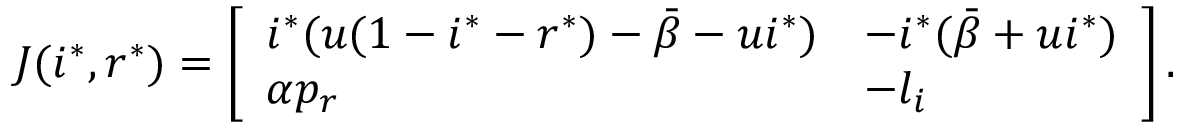
\begin{array} { r } { J ( i ^ { * } , r ^ { * } ) = \left[ \begin{array} { l l } { i ^ { * } ( u ( 1 - i ^ { * } - r ^ { * } ) - \bar { \beta } - u i ^ { * } ) } & { - i ^ { * } ( \bar { \beta } + u i ^ { * } ) } \\ { \alpha p _ { r } } & { - l _ { i } } \end{array} \right] . } \end{array}